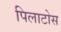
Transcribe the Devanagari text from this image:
पिलाटोस